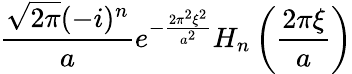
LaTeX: {\frac{{\sqrt{2\pi}}(-i)^{n}}{a}}e^{-{\frac{2\pi^{2}\xi^{2}}{a^{2}}}}H_{n}\left({\frac{2\pi\xi}{a}}\right)